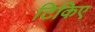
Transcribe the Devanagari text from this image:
टिकिए